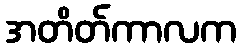
အတိတ်ကာလက